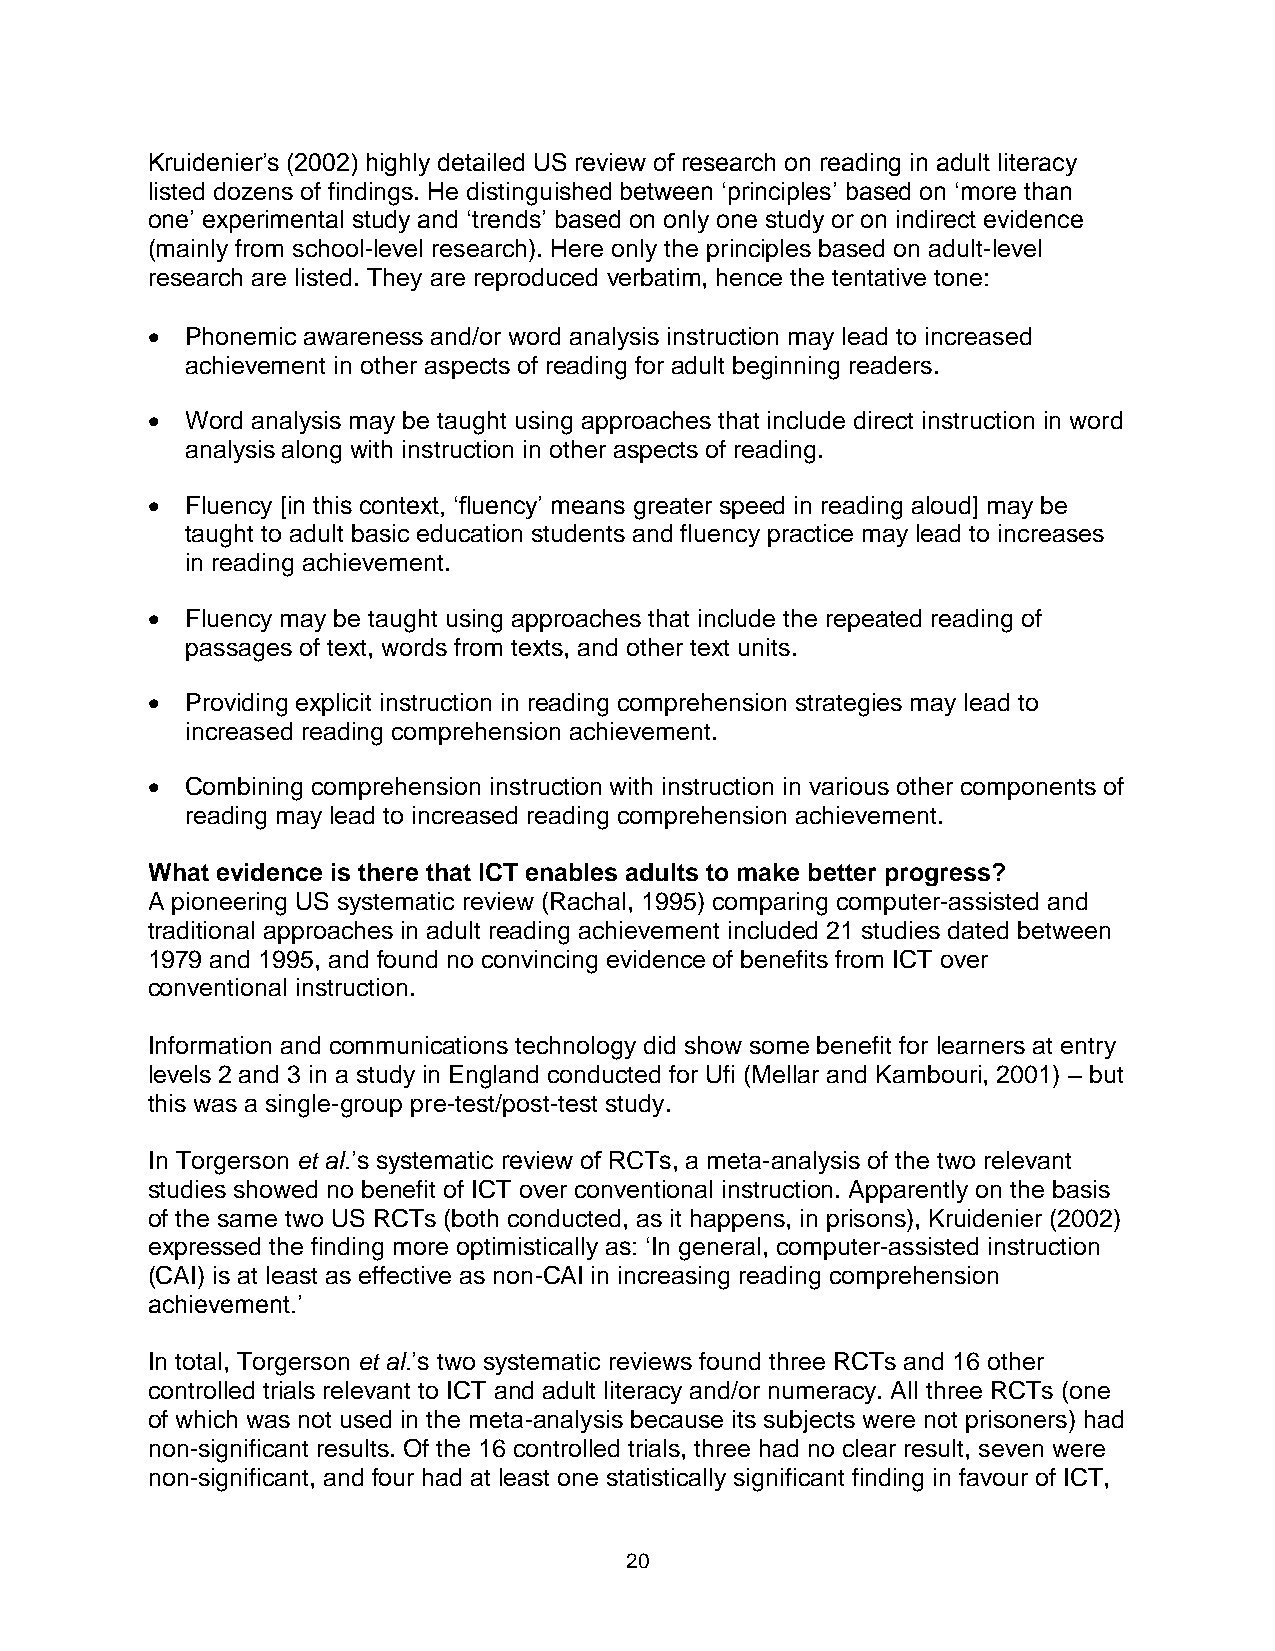
Kruidenier’s (2002) highly detailed US review of research on reading in adult literacy
 listed dozens of findings. He distinguished between ‘principles’ based on ‘more than
 one’ experimental study and ‘trends’ based on only one study or on indirect evidence
 (mainly from school-level research). Here only the principles based on adult-level
 research are listed. They are reproduced verbatim, hence the tentative tone:
  Phonemic awareness and/or word analysis instruction may lead to increased
 achievement in other aspects of reading for adult beginning readers.
  Word analysis may be taught using approaches that include direct instruction in word
 analysis along with instruction in other aspects of reading.
  Fluency [in this context, ‘fluency’ means greater speed in reading aloud] may be
 taught to adult basic education students and fluency practice may lead to increases
 in reading achievement.
  Fluency may be taught using approaches that include the repeated reading of
 passages of text, words from texts, and other text units.
  Providing explicit instruction in reading comprehension strategies may lead to
 increased reading comprehension achievement.
  Combining comprehension instruction with instruction in various other components of
 reading may lead to increased reading comprehension achievement.
 What evidence is there that ICT enables adults to make better progress?
 A pioneering US systematic review (Rachal, 1995) comparing computer-assisted and
 traditional approaches in adult reading achievement included 21 studies dated between
 1979 and 1995, and found no convincing evidence of benefits from ICT over
 conventional instruction.
 Information and communications technology did show some benefit for learners at entry
 levels 2 and 3 in a study in England conducted for Ufi (Mellar and Kambouri, 2001) – but
 this was a single-group pre-test/post-test study.
 In Torgerson et al.’s systematic review of RCTs, a meta-analysis of the two relevant
 studies showed no benefit of ICT over conventional instruction. Apparently on the basis
 of the same two US RCTs (both conducted, as it happens, in prisons), Kruidenier (2002)
 expressed the finding more optimistically as: ‘In general, computer-assisted instruction
 (CAI) is at least as effective as non-CAI in increasing reading comprehension
 achievement.’
 In total, Torgerson et al.’s two systematic reviews found three RCTs and 16 other
 controlled trials relevant to ICT and adult literacy and/or numeracy. All three RCTs (one
 of which was not used in the meta-analysis because its subjects were not prisoners) had
 non-significant results. Of the 16 controlled trials, three had no clear result, seven were
 non-significant, and four had at least one statistically significant finding in favour of ICT,
 20